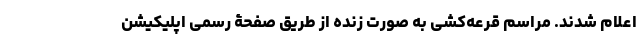
اعلام شدند. مراسم قرعه‌کشی به صورت زنده از طریق صفحۀ رسمی اپلیکیشن